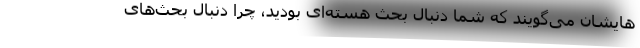
هایشان می‌گویند که شما دنبال بحث هسته‌ای بودید، چرا دنبال بحث‌های